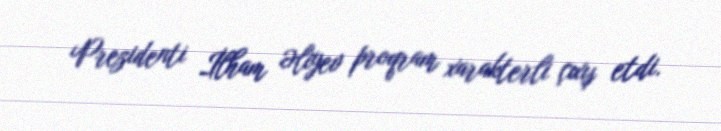
Prezidenti İlham Əliyev proqram xarakterli çıxış etdi.